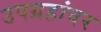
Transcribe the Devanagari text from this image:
उपग्रहांवर